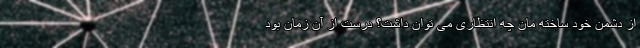
از دشمن خود ساخته مان چه انتظاری می توان داشت؟ درست از آن زمان بود